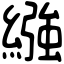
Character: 繈